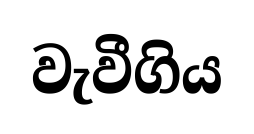
වැවීගිය